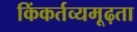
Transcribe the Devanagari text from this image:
किंकर्तव्यमूढ़ता